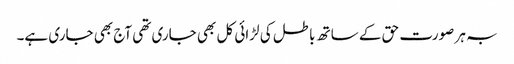
بہ ہر صورت حق کے ساتھ باطل کی لڑائی کل بھی جاری تھی آج بھی جاری ہے۔